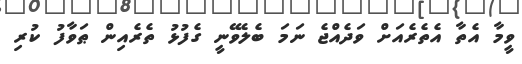
ވީމާ އެތާ އެތެރެއަށް ވަދެއްޖެ ނަމަ ބެލެވޭނީ ގެފުޅު ތެރެއިން ޠަވާފު ކުރި